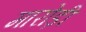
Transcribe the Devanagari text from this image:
मारोड़ी